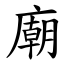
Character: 廟